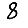
Digit: 8